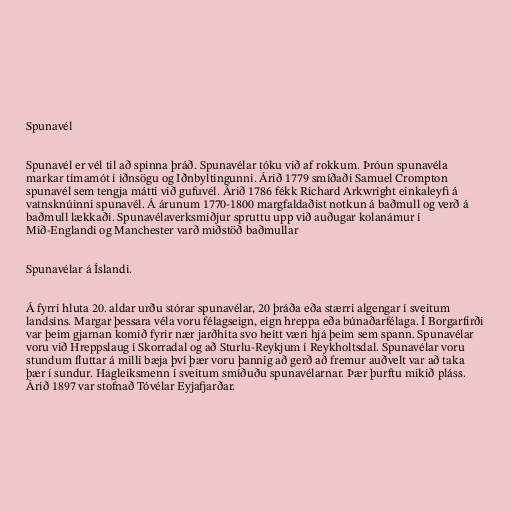
Spunavél

Spunavél er vél til að spinna þráð. Spunavélar tóku við af rokkum. Þróun spunavéla
markar tímamót í iðnsögu og Iðnbyltingunni. Árið 1779 smíðaði Samuel Crompton
spunavél sem tengja mátti við gufuvél. Árið 1786 fékk Richard Arkwright einkaleyfi á
vatnsknúinni spunavél. Á árunum 1770-1800 margfaldaðist notkun á baðmull og verð á
baðmull lækkaði. Spunavélaverksmiðjur spruttu upp við auðugar kolanámur í
Mið-Englandi og Manchester varð miðstöð baðmullar

Spunavélar á Íslandi.

Á fyrri hluta 20. aldar urðu stórar spunavélar, 20 þráða eða stærri algengar í sveitum
landsins. Margar þessara véla voru félagseign, eign hreppa eða búnaðarfélaga. Í Borgarfirði
var þeim gjarnan komið fyrir nær jarðhita svo heitt væri hjá þeim sem spann. Spunavélar
voru við Hreppslaug í Skorradal og að Sturlu-Reykjum í Reykholtsdal. Spunavélar voru
stundum fluttar á milli bæja því þær voru þannig að gerð að fremur auðvelt var að taka
þær í sundur. Hagleiksmenn í sveitum smíðuðu spunavélarnar. Þær þurftu mikið pláss.
Árið 1897 var stofnað Tóvélar Eyjafjarðar.